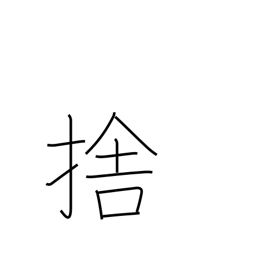
Meaning: throw away